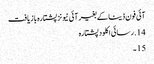
آئی فون ڈیٹا کے بغیر آئی ٹیونز پشتارہ بازیافت
14. رسائی اکلود پشتارہ
15 ۔